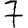
Digit: 7